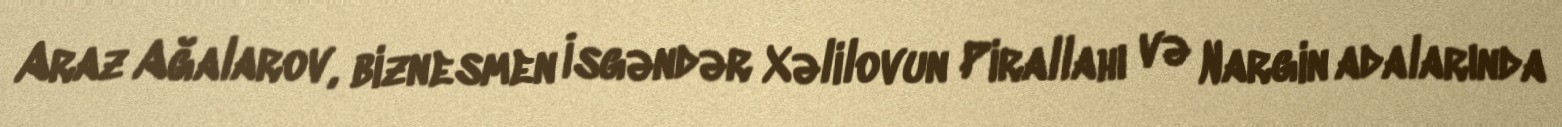
Araz Ağalarov, biznesmen İsgəndər Xəlilovun Pirallahı və Nargin adalarında